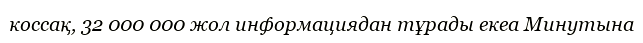
коссақ, 32 000 000 жол информациядан тұрады екеа Минутына